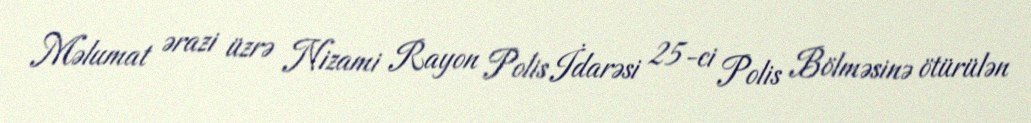
Məlumat ərazi üzrə Nizami Rayon Polis İdarəsi 25-ci Polis Bölməsinə ötürülən